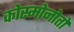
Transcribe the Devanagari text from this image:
कोस्मोनोतों